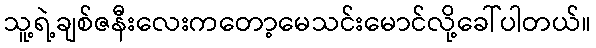
သူ့ရဲ့ချစ်ဇနီးလေးကတော့မေသင်းမောင်လို့ခေါ်ပါတယ်။